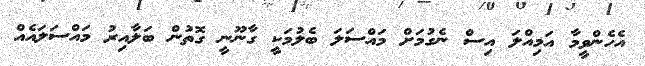
އެހެންވީމާ އަމިއްލަ އިސް ނެގުމަށް މައްސަލަ ބެލުމަކީ ގާނޫނީ ގޮތުން ބަލާއިރު މައްސަލައެއް